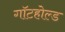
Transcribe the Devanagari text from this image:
गॉटहोल्ड